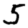
Digit: 5